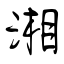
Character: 湘